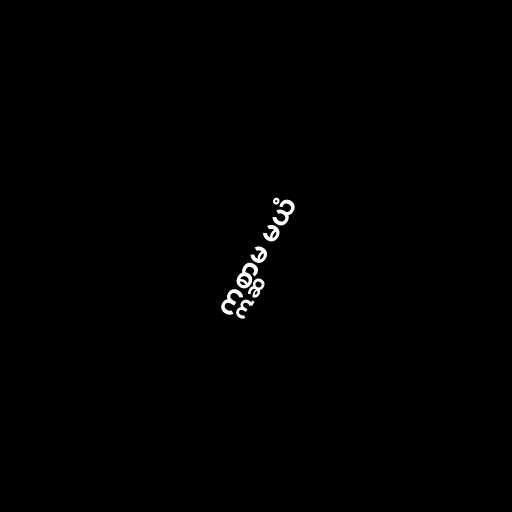
ဣစ္ဆာမ မယံ